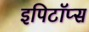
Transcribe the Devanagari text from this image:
इपिटॉप्स